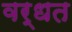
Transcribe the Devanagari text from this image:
वर्धत